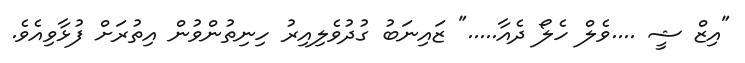
"އިޒް ޝީ ....ވެލް ހެލޯ ދެއާ....." ޒައިނަބު ގުދުވެލިއިރު ހިނިތުންވުން އިތުރަށް ފުޅާވިއެވެ.